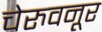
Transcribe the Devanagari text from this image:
चेरुवनूर